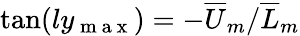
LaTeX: \tan(ly_{\mathrm{~m~a~x~}})=-{\overline{{U}}_{m}}/{\overline{{L}}_{m}}